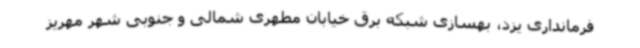
فرمانداری یزد، بهسازی شبکه برق خیابان مطهری شمالی و جنوبی شهر مهریز